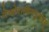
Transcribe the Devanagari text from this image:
तेजोराशिमनुत्तमम्